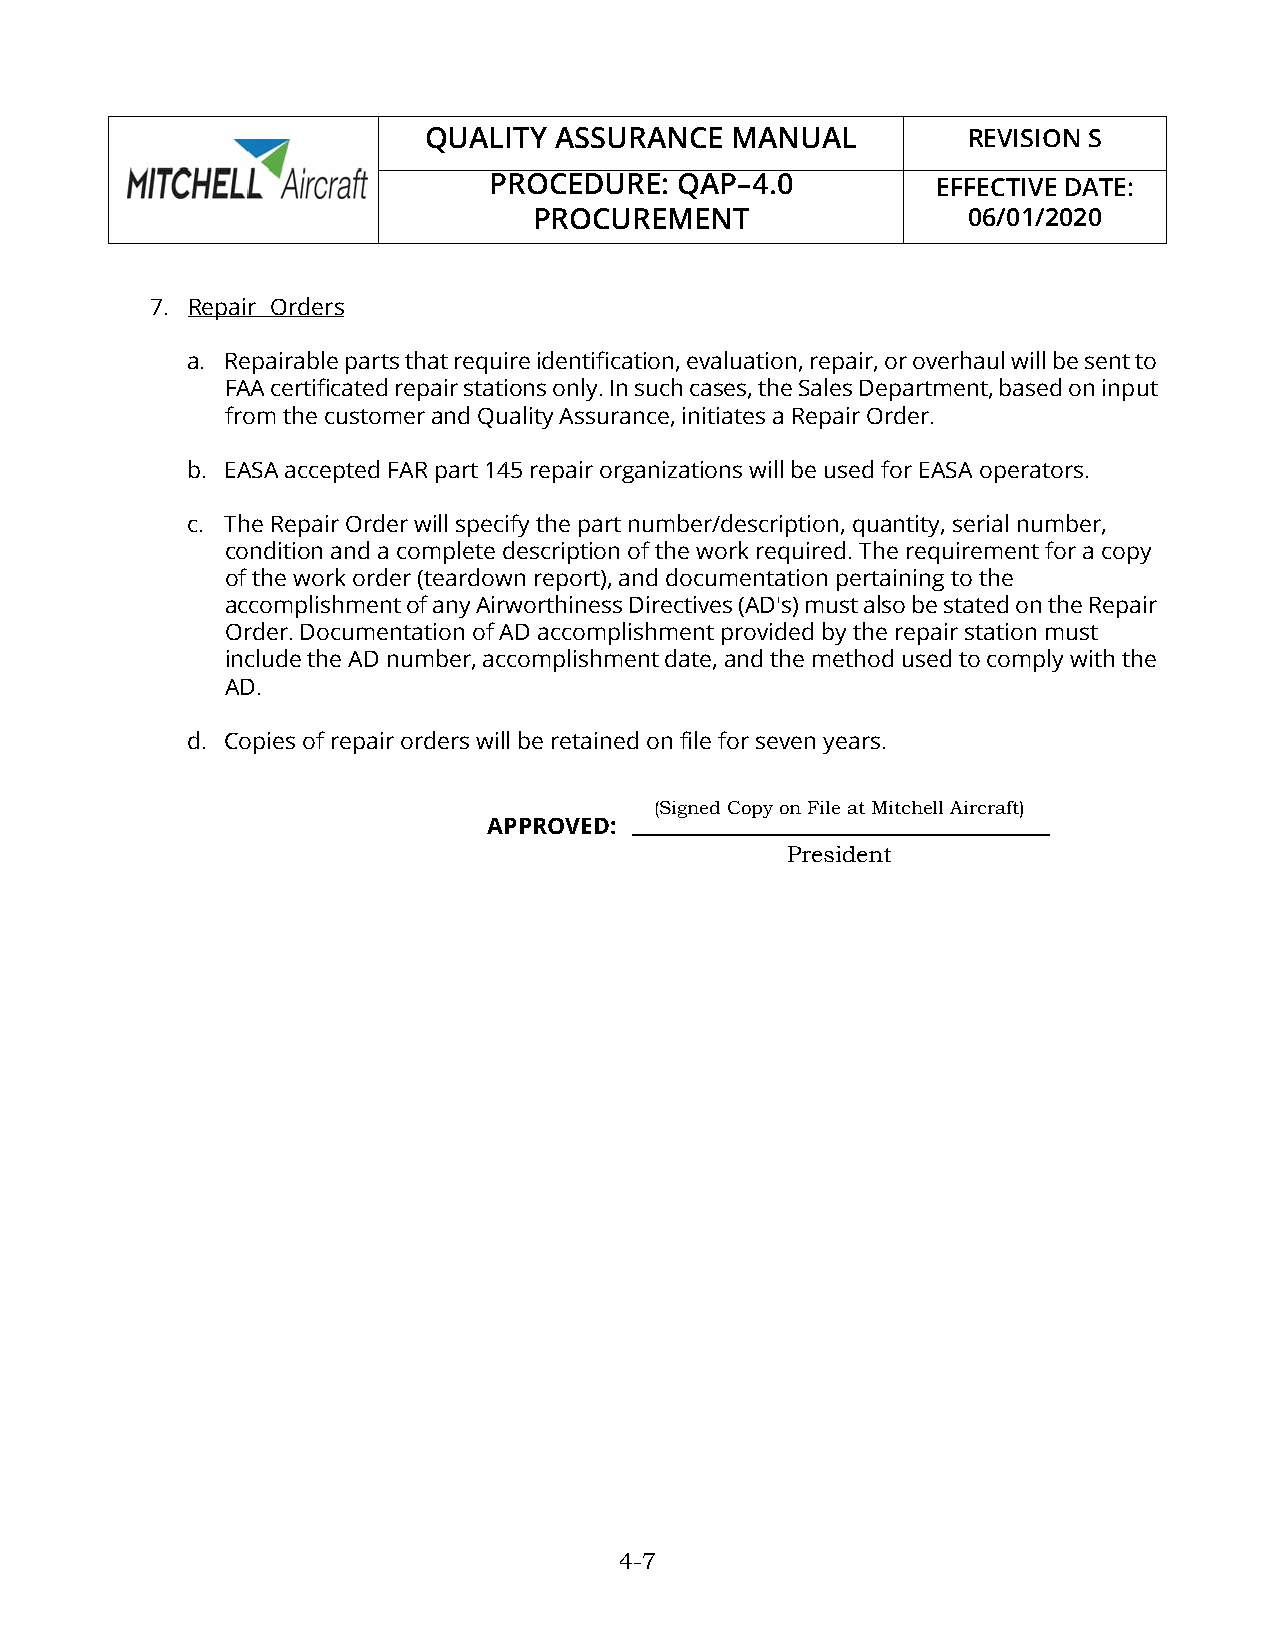
QUALITY  ASSURANCE  MANUAL          REVISION S
 PROCEDURE:   QAP–4.0          EFFECTIVE DATE:
 PROCUREMENT                  06/01/2020
 7. Repair Orders
 a. Repairable parts that require identification, evaluation, repair, or overhaul will be sent to
 FAA certificated repair stations only. In such cases, the Sales Department, based on input
 from the customer and Quality Assurance, initiates a Repair Order.
 b. EASA accepted FAR part 145 repair organizations will be used for EASA operators.
 c. The Repair Order will specify the part number/description, quantity, serial number,
 condition and a complete description of the work required. The requirement for a copy
 of the work order (teardown report), and documentation pertaining to the
 accomplishment of any Airworthiness Directives (AD's) must also be stated on the Repair
 Order. Documentation of AD accomplishment provided by the repair station must
 include the AD number, accomplishment date, and the method used to comply with the
 AD.
 d. Copies of repair orders will be retained on file for seven years.
 (Signed Copy on File at Mitchell Aircraft)
 APPROVED:
 President
 4-7